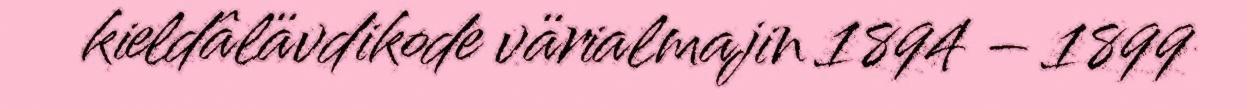
kieldâlävdikode värialmajin 1894 – 1899